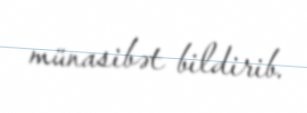
münasibət bildirib.